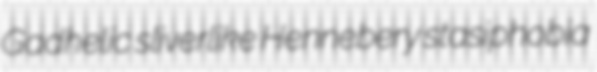
Gadhelic sliverlike Hennebery stasiphobia